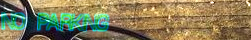
NO PARKING